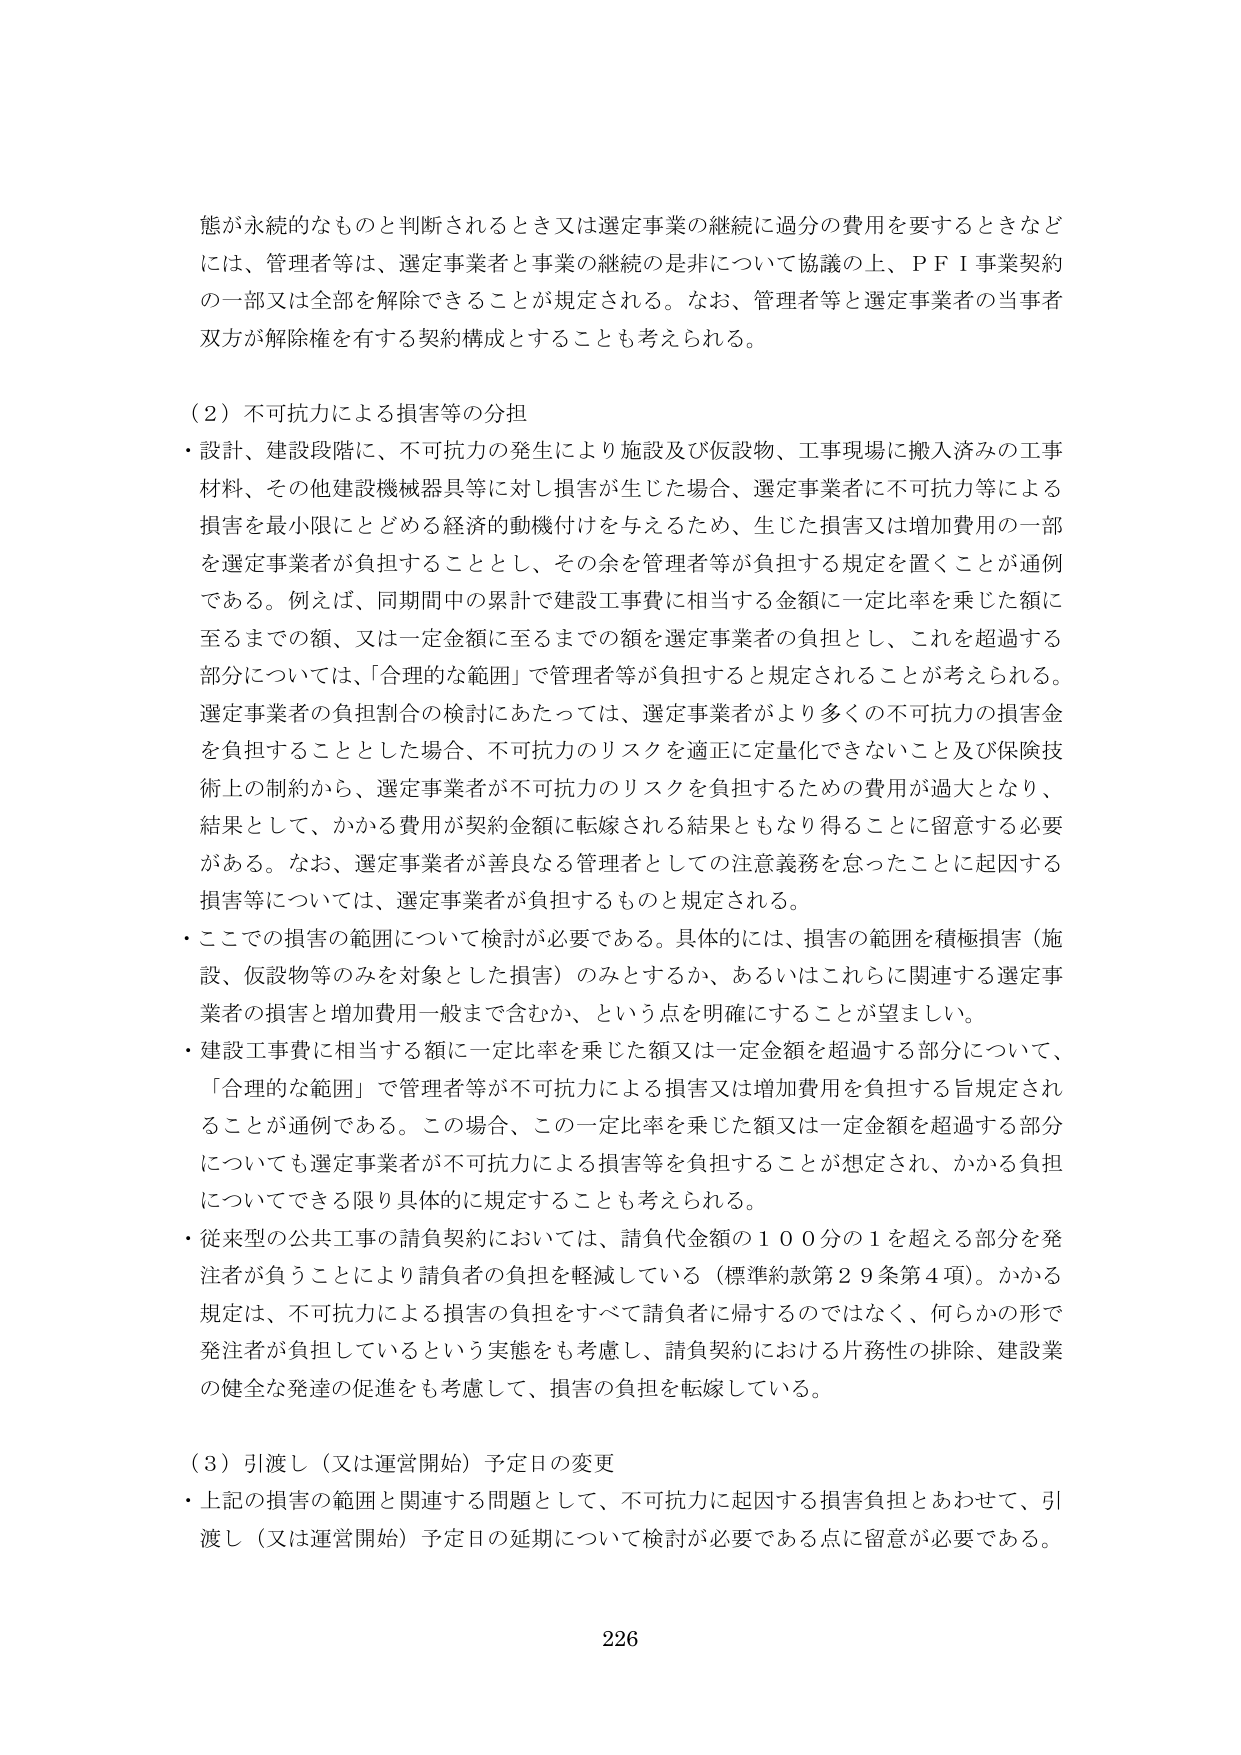
態が永続的なものと判断されるとき又は選定事業の継続に過分の費用を要するときなどには、管理者等は、選定事業者と事業の継続の是非について協議の上、ＰＦＩ事業契約の一部又は全部を解除できることが規定される。なお、管理者等と選定事業者の当事者双方が解除権を有する契約構成とすることも考えられる。

（２）不可抗力による損害等の分担
・設計、建設段階に、不可抗力の発生により施設及び仮設物、工事現場に搬入済みの工事材料、その他建設機械器具等に対し損害が生じた場合、選定事業者に不可抗力等による損害を最小限にとどめる経済的動機付けを与えるため、生じた損害又は増加費用の一部を選定事業者が負担することとし、その余を管理者等が負担する規定を置くことが通例である。例えば、同期間中の累計で建設工事費に相当する金額に一定比率を乗じた額に至るまでの額、又は一定金額に至るまでの額を選定事業者の負担とし、これを超過する部分については、「合理的な範囲」で管理者等が負担すると規定されることが考えられる。選定事業者の負担割合の検討にあたっては、選定事業者がより多くの不可抗力の損害金を負担することとした場合、不可抗力のリスクを適正に定量化できないこと及び保険技術上の制約から、選定事業者が不可抗力のリスクを負担するための費用が過大となり、結果として、かかる費用が契約金額に転嫁される結果ともなり得ることに留意する必要がある。なお、選定事業者が善良なる管理者としての注意義務を怠ったことに起因する損害等については、選定事業者が負担するものと規定される。
・ここでの損害の範囲について検討が必要である。具体的には、損害の範囲を積極損害（施設、仮設物等のみを対象とした損害）のみとするか、あるいはこれらに関連する選定事業者の損害と増加費用一般まで含むか、という点を明確にすることが望ましい。
・建設工事費に相当する額に一定比率を乗じた額又は一定金額を超過する部分について、「合理的な範囲」で管理者等が不可抗力による損害又は増加費用を負担する旨規定されることが通例である。この場合、この一定比率を乗じた額又は一定金額を超過する部分についても選定事業者が不可抗力による損害等を負担することが想定され、かかる負担についてできる限り具体的に規定することも考えられる。
・従来型の公共工事の請負契約においては、請負代金額の１００分の１を超える部分を発注者が負うことにより請負者の負担を軽減している（標準約款第２９条第４項）。かかる規定は、不可抗力による損害の負担をすべて請負者に帰するのではなく、何らかの形で発注者が負担しているという実態をも考慮し、請負契約における片務性の排除、建設業の健全な発達の促進をも考慮して、損害の負担を転嫁している。

（３）引渡し（又は運営開始）予定日の変更
・上記の損害の範囲と関連する問題として、不可抗力に起因する損害負担とあわせて、引渡し（又は運営開始）予定日の延期について検討が必要である点に留意が必要である。

226